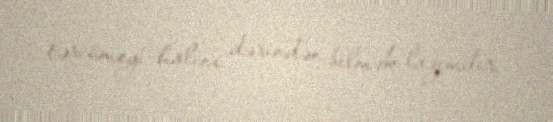
tərcümeyi-halını dərindən bilmək lazımdır.